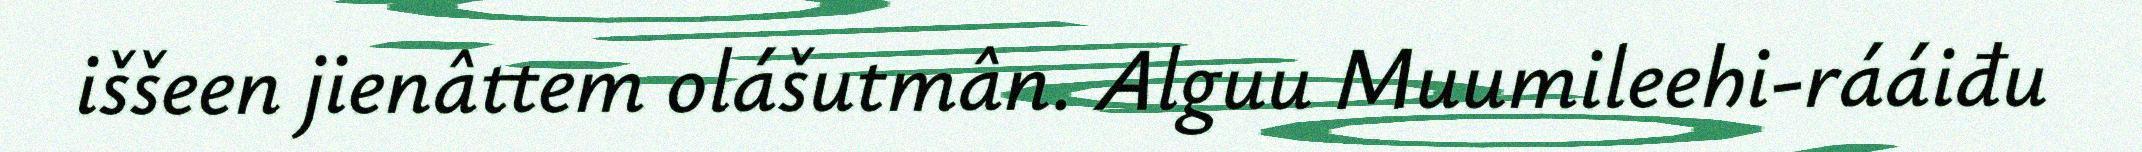
iššeen jienâttem olášutmân. Alguu Muumileehi-rááiđu